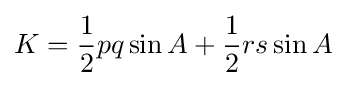
K={\frac {1}{2}}pq\sin A+{\frac {1}{2}}rs\sin A